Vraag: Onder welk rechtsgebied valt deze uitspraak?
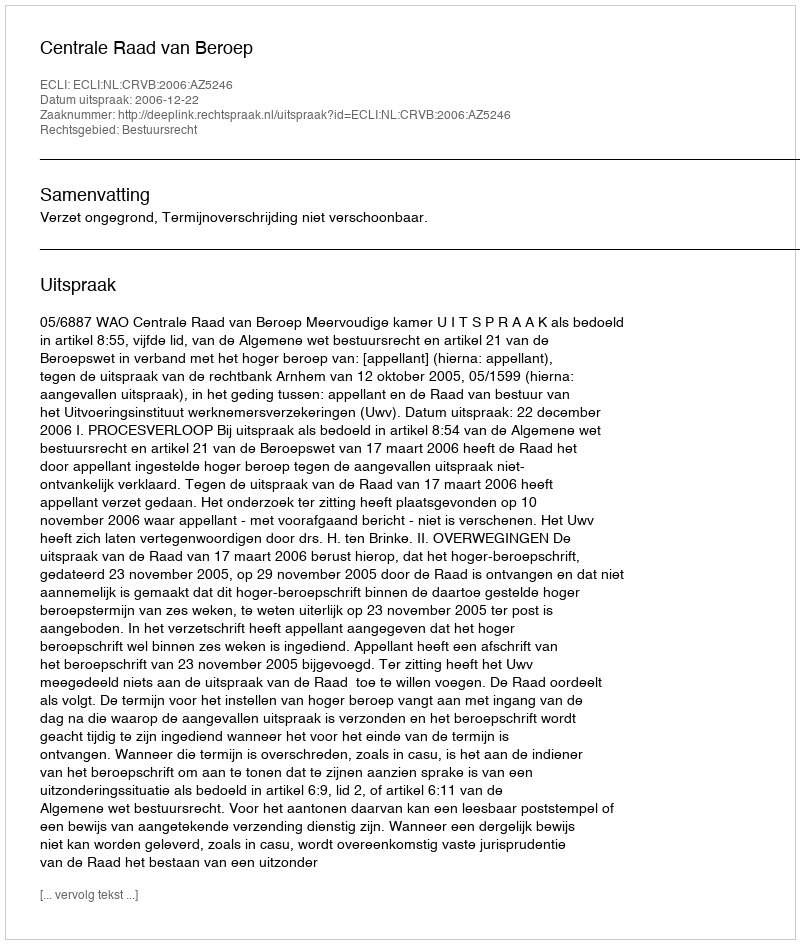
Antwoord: Bestuursrecht